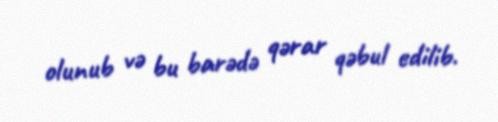
olunub və bu barədə qərar qəbul edilib.